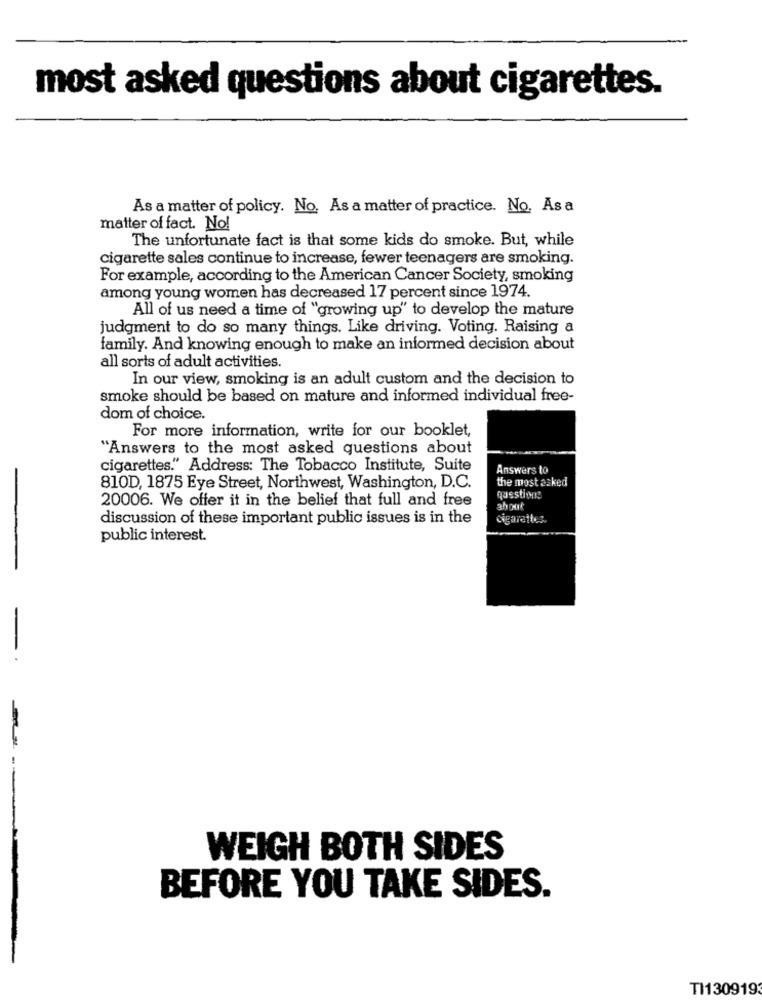
most asked questions about cigarettes.
As a matter of policy. No. As a matter of practice. No. As a
matter of fact. No!
The unfortunate fact is that some kids do smoke. But, while
cigarette sales continue to increase, fewer teenagers are smoking.
For example, according to the American Cancer Society, smoking
among young women has decreased 17 percent since 1974.
All of us need a time of "growing up" to develop the mature
judgment to do so many things. Like driving. Voting. Raising a
family. And knowing enough to make an informed decision about
all sorts of adult activities.
In our view, smoking is an adult custom and the decision to
smoke should be based on mature and informed individual free-
dom of choice.
For more information, write for our booklet,
"Answers to the most asked questions about
cigarettes." Address: The Tobacco Institute, Suite
Answers to
the most asked
810D, 1875 Eye Street, Northwest, Washington, D.C.
20006. We offer it in the belief that full and free
questions
about
discussion of these important public issues is in the
cigarettes.
public interest.
-
WEIGH BOTH SIDES
BEFORE YOU TAKE SIDES.
TI1309193